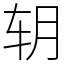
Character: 䢁